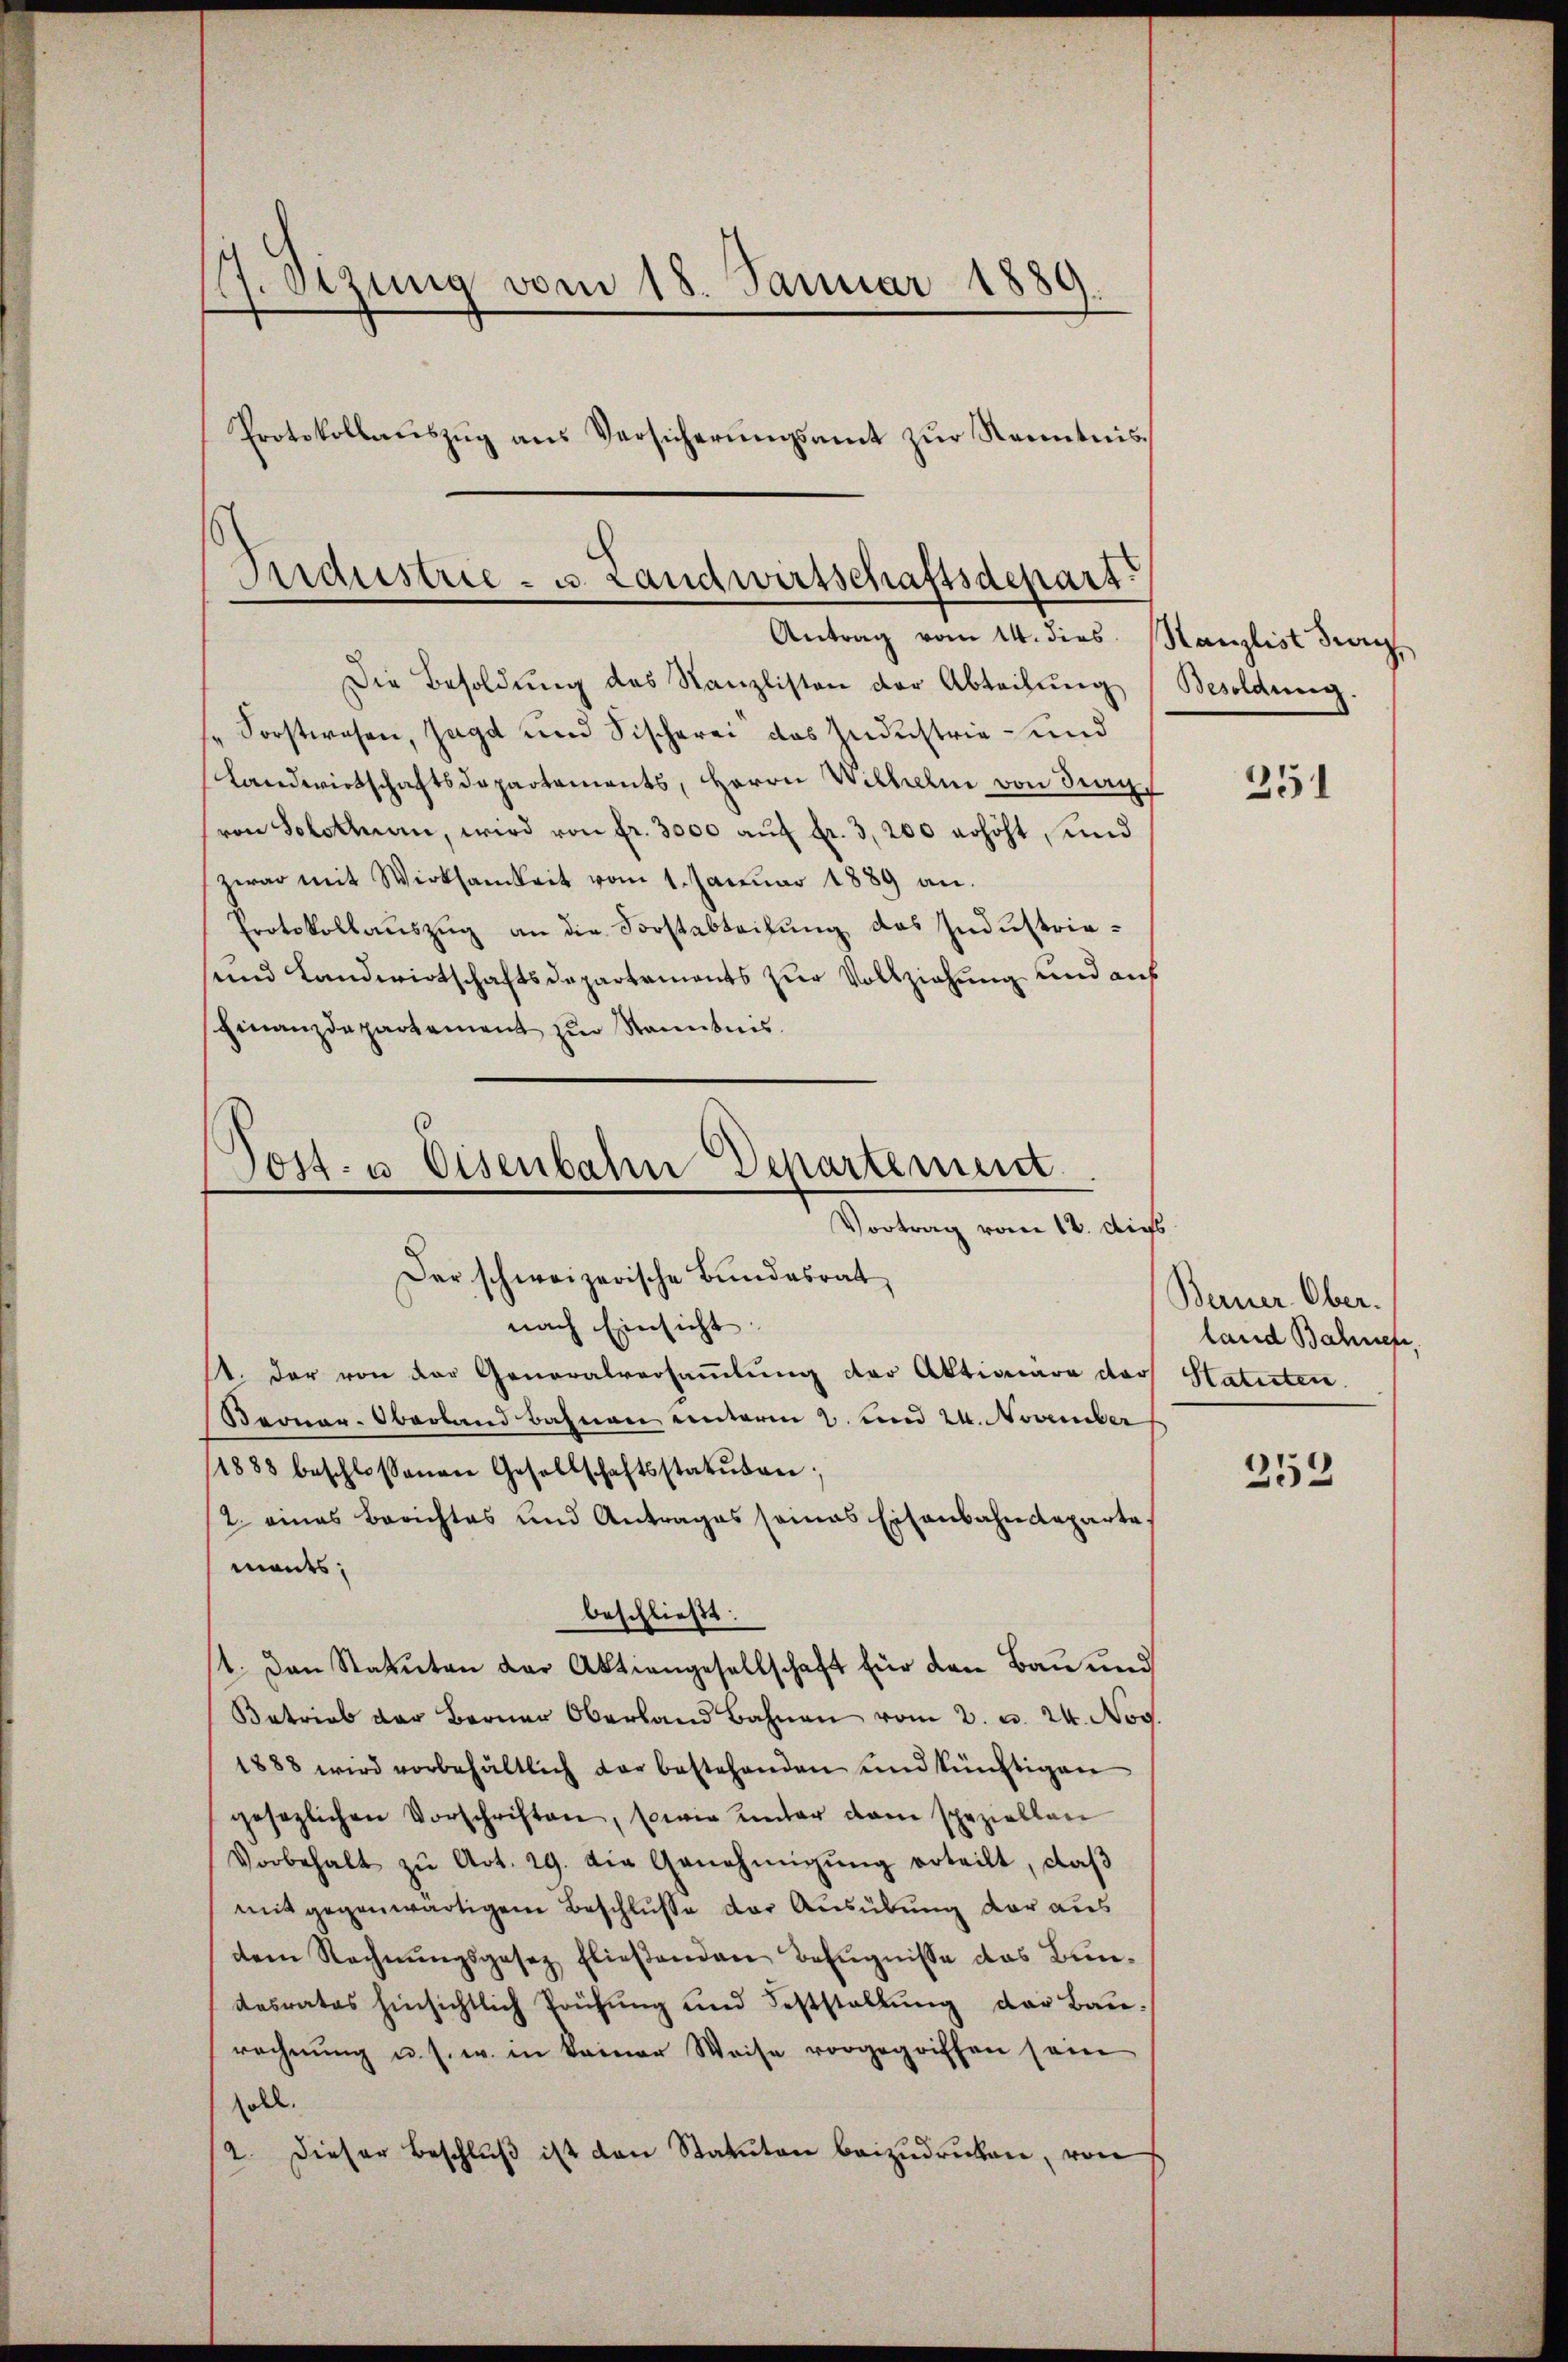
9.Otzung vom 18. Januar 1889
Protokollauszug aus Versicherungsamt zur Kenntnis

Ondustrie - u. Landwirtschaftsdepart.
Antrag vom 14. dies Kanzlist die

Post- u. Eisenbahn Departement
Vortrag vom 12. dies
Der schweizerische Bundesrat

nach Einsicht.
s. der von der Generalversammlung der Aktionare dar
Beonar-Oberland bahnen unterm 2. und 24. November
/1883 beschlossenen Gesellschaftsstakŭren;
2. eines Berichtes und Antrages seines Eisenbahndeparte,
mants;
beschließt:
1. Den Statuten der Aktiengesellschaft für den Bau und
Betrieb der Berner Oberland Bahnen vom 2. d. 24. Nog.
1888 wird vorbehältlich der bestehenden und künftigen
gesezlichen Vorschriften, sowie unter dem speziellen
Vorbehalt zŭ Art. 29. die Genehmigŭng erteilt, daβ
mit gegenwärtigen Beschlusse der Ausübung der aus
dem Rechnŭngsgesez fließenden Befugnisse das Bundesrates hinsichtlich Prüfŭng und Feststellŭng der Baurechnŭng u. s. w. in keiner Weise vorgegriffen sein
soll.
2. Dieser Beschlŭβ ist den Statuten beizŭdrücken, von

Die Besoldŭng des Kanzlisten der Abteilung (Besoldung.
"Sorstwesen, sagt und Fischerei das Industrie- und
Landwirtschaftsdepartements, Herrn Wilhelm von Frag
von Solothurn, wird von fr. 3000 auf fr. 3, 200 erhöht, und
zwar mit Wirksamkeit vom 1. Januar 1889 an.
Protokollauszug an die Forstabteilung des Industrie¬
und Landwirtschaftsdepartements zur Vollziehung und auf
Finanzdepartement zur Stanntnis.

351

Berner Ober.
land Bahnen,
Statuten.

253